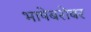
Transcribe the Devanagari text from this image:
भाषेबरोबर